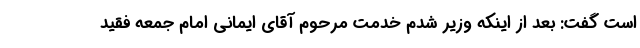
است گفت: بعد از اینکه وزیر شدم خدمت مرحوم آقای ایمانی امام جمعه فقید